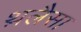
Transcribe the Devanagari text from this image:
थ़लैसा